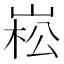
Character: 崧